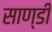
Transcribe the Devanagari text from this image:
साण्‍डी